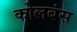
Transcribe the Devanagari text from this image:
कोलबंस